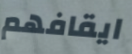
ايقافهم